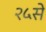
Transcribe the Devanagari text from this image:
२५से